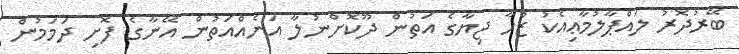
ބޭރުދޮރު ލައްޕާލުމާޢިއެކު ޒުހާ ޖިޔާގެ އަތުން ދޫކޮށްނުލާ އަނެއްއަތުން އޭނާގެ ފޮށި ދަމަމުން